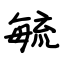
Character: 毓